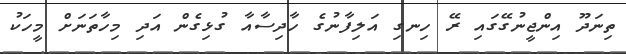
ތިނަދޫ އިންޖީނުގޭގައި ރޭ ހިނގި އަލިފާނުގެ ހާދިސާއާ ގުޅިގެން އަދި މިހާތަނަށް މީހަކު